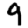
Digit: 9